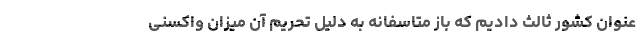
عنوان کشور ثالث دادیم که باز متاسفانه به دلیل تحریم آن میزان واکسنی